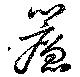
簾